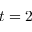
t = 2